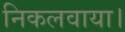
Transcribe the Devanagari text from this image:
निकलवाया।